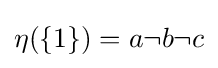
{\textstyle \eta (\{1\})=a\neg b\neg c}